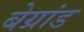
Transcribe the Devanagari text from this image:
बेग्रांड